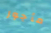
مأجور